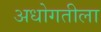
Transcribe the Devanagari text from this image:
अधोगतीला